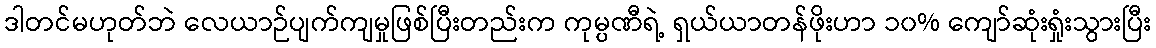
ဒါတင်မဟုတ်ဘဲ လေယာဉ်ပျက်ကျမှုဖြစ်ပြီးတည်းက ကုမ္ပဏီရဲ့ ရှယ်ယာတန်ဖိုးဟာ ၁၀% ကျော်ဆုံးရှုံးသွားပြီး